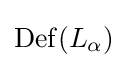
\mathrm {Def} (L_{\alpha })